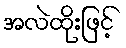
အလဲထိုးဖြင့်